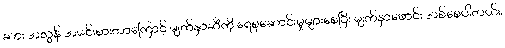
ဆား အလွန် အမင်းစားတာကြောင့် မျက်နှာဆီကို ရေစုဆောင်းမှုများစေပြီး မျက်နှာဖောင်း အစ်စေပါတယ်။